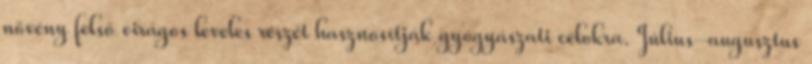
növény felső virágos leveles részét hasznosítják gyógyászati célokra. Július-augusztus